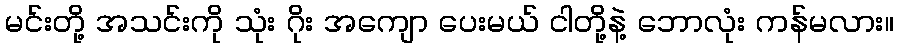
မင်းတို့ အသင်းကို သုံး ဂိုး အကျော ပေးမယ် ငါတို့နဲ့ ဘောလုံး ကန်မလား။